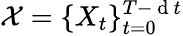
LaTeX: \mathcal{X}=\{ X_{t}\} _{t=0}^{T-\mathrm{~d~}t}